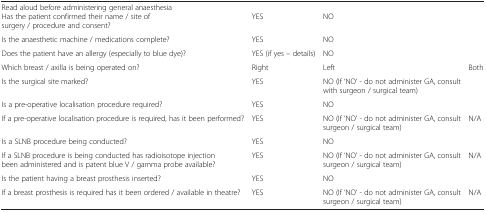
<table><thead><tr><td><b> </b></td><td><b> </b></td><td><b> </b></td><td><b> </b></td></tr></thead><tbody><tr><td colspan="4">Read aloud before administering general anaesthesia</td></tr><tr><td>Has the patient confirmed their name / site of surgery / procedure and consent?</td><td>YES</td><td>NO</td><td> </td></tr><tr><td>Is the anaesthetic machine / medications complete?</td><td>YES</td><td>NO</td><td> </td></tr><tr><td>Does the patient have an allergy (especially to blue dye)?</td><td>YES (if yes – details)</td><td>NO</td><td> </td></tr><tr><td>Which breast / axilla is being operated on?</td><td>Right</td><td>Left</td><td>Both</td></tr><tr><td>Is the surgical site marked?</td><td>YES</td><td>NO (If ‘NO’ - do not administer GA, consult with surgeon / surgical team)</td><td> </td></tr><tr><td>Is a pre-operative localisation procedure required?</td><td>YES</td><td>NO</td><td> </td></tr><tr><td>If a pre-operative localisation procedure is required, has it been performed?</td><td>YES</td><td>NO (If ‘NO’ - do not administer GA, consult surgeon / surgical team)</td><td>N/A</td></tr><tr><td>Is a SLNB procedure being conducted?</td><td>YES</td><td>NO</td><td> </td></tr><tr><td>If a SLNB procedure is being conducted has radioisotope injection been administered and is patent blue V / gamma probe available?</td><td>YES</td><td>NO (If ‘NO’ - do not administer GA, consult surgeon / surgical team)</td><td>N/A</td></tr><tr><td>Is the patient having a breast prosthesis inserted?</td><td>YES</td><td>NO</td><td> </td></tr><tr><td>If a breast prosthesis is required has it been ordered / available in theatre?</td><td>YES</td><td>NO (If ‘NO’ - do not administer GA, consult surgeon / surgical team)</td><td>N/A</td></tr></tbody></table>